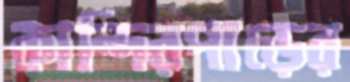
কান্দিরপাড়ের